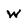
Character: w